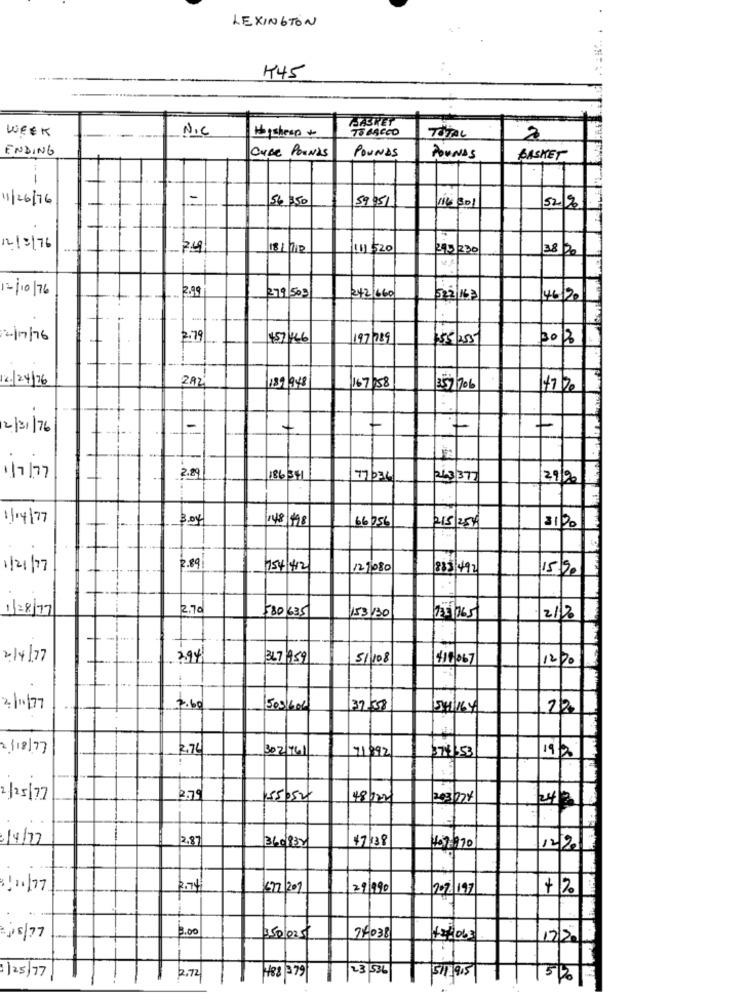
LEXINGTON
K45
SABRET
WEEK
N.C
TOBACCO
TOTAL
----
Haysheep +
2
ENDING
Once Pounds
POUNDS
ALUNOS
BASKET
11/26/76
156 250
59051
114 301
52 %
12/3/76
7.49
181712
10 520
293 230
38/20
12/10/76
2.99
242 660
/46/20
12/17/76
2.79
457146
197/089
5/255
3012
2./24/26
2AZ
139 948
167/58
357/706
2/31/76
1
7
1/7/77
2.89
186341
17/b36
263 377
29/20
1/04/77
3.04
148 198
66 756
215/25/
1/21/77
2.89
754 412
121080
883 492
15505
1/28/77
2.70
580 635
153/30
21/065
2/12
2/4/77
294
367/759
51108
411 067
1270
2/1177
7.60
503 600
32/38
54/164
22
2/18/77
2.76
71992
374:53
302 761
19/20
2/25/77
2.79
155050
203274
/4/77
12.87
3609BY
17 338
407/970
1222
3/11/77
2.74
672/201
291990
2076/197
+ 2
3.00
js/77
$50/025/
74038
12/20
1125/77
3 53L
511915
51
2.72
#88 379